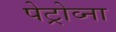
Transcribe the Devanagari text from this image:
पेट्रोव्ना